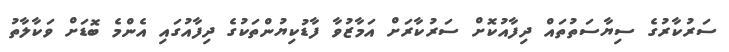
ސަރުކާރުގެ ސިޔާސަތުތައް ދިފާއުކޮށް ސަރުކާރަށް އަމާޒުވާ ފާޑުކިޔުންތަކުގެ ދިފާއުގައި އެންމެ ބޮޑަށް ވަކާލާތު